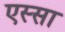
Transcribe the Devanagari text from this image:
एस्सा